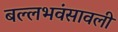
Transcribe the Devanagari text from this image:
बल्लभवंसावली